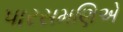
પારસમણિએ